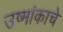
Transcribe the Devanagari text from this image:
उष्मांकाचे